Investigations into the jail dietaries of the United Provinces with some observations on the influence of dietary on the physical development and well-being of the people of the United Provinces - Number 48
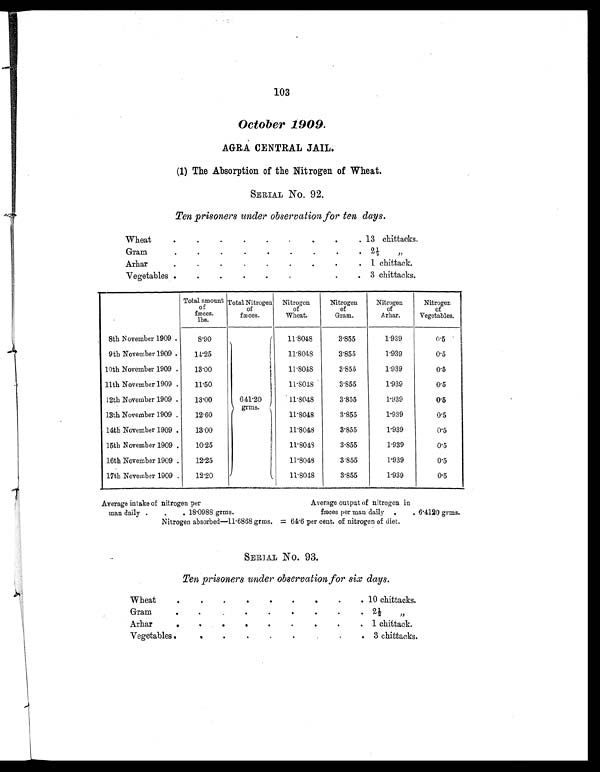
103
October 1909.
AGRA CENTRAL JAIL.
(1) The Absorption of the Nitrogen of Wheat
.
SERIAL NO. 92.
Ten prisoners under observation for ten days.
Wheat
.
.
.
.
.
. .
.
. 13 chittacks.
Gram
.
.
.
.
.
.
.
.
. 2½ „
Arhar
.
.
.
.
.
.
.
. . 1 chittack.
Vegetables .
.
.
.
.
.
.
. . 3 chittacks.
Total amount
of
fæce
s.
lbs.
Total Nitrogen
of
fæces.
Nitrogen
of
Wheat.
Nitrogen
of
Gram.
Nitrogen
of
Arhar.
Nitrogen
of
Vegetables.
8th November 1909. .
8.90
641.20
grms.
11.8048
3.855
1.939
0 . 5
9th November 1909 .
14.25
11.8048
3.855
1.939
0.5
10th November 1909 .
13.00
11.8048
3.855
1.939
0.5
11th November 1909 .
11.50
11.8048
3.855
1.939
0.5
12th November 1909 .
13.00
11.8048
3.855
1.939
0 . 5
13th November 1909 .
12.60
11.8048
3.855
1.939
0.5
14th November 1909 .
13.00
11.8048
3.855
1.939
0.5
15th November 1909 .
10.25
11.8048
3 855
1.939
0.5
16th November 1909 .
12.25
11.8048
3.855
1.939
0.5
17th November 1909 .
12.20
11.8048
3.855
1.939
0.5
Average intake of nitrogen per
Average output of nitrogen in
man daily .
.
. 1 8 . 0 9 8 8 g r m s .
fæces per man daily
.
. 6. 4120 gr ms.
Nitrogen absorbed—11.6868 grms. = 64.6 per cent. of nitrogen of diet.
SERIAL NO. 93.
Ten prisoners under observation for six days.
Wheat
.
.
.
.
.
.
.
.
. 10 chittacks.
Gram
.
.
. .
.
.
.
.
. 2½ „
Arhar
.
.
.
.
.
.
.
.
. 1 chittack.
Vegetables
.
.
.
.
.
.
.
.
. 3 chittacks.